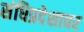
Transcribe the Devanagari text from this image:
संधिप्रदेशावर